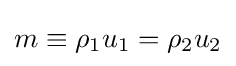
m\equiv \rho _{1}u_{1}=\rho _{2}u_{2}